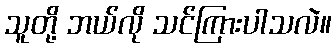
သူတို့ ဘယ်လို သင်ကြားပါသလဲ။